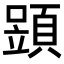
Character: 𩓶